Cholera in India, 1862 to 1881
Year: 1862
Disease focus: Cholera
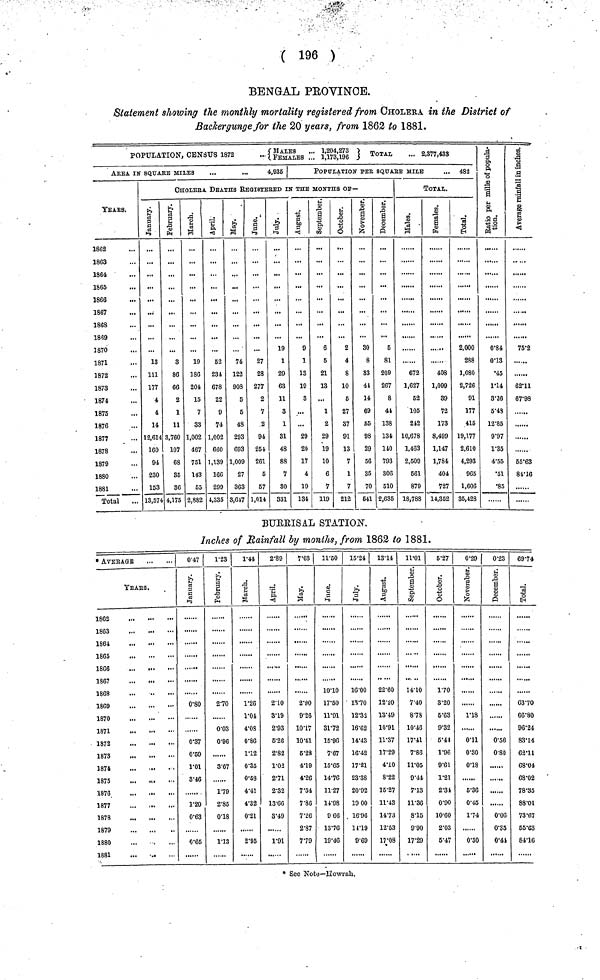
( 196 )
BENGAL PROVINCE.
Statement showing the monthly mortality registered from CHOLERA in the District of
Backer gunge for the 20 years, from 1862 to 1881.
POPULATION, CENSUS 1872 •••{MALES... FEMALES... 1,204273, 1,173,196 } TOTAL ...2,377,433
AREA IN SQUARE MILES
...
...
4,935
YEARS.
1862
1863
1864
1865
1866
1867
1868
1869
1870
1871
1872
1873
1874
1875
1876
1877
1878
1879
1880
1881
Total
POPULATION PER SQUARE MILE
... 482
CHOLERA DEATHS REGISTERED IN THE MONTHS OF—
January.
13
111
177
4
4
14
12,614
160
94
230
153
13,574
February.
3
86
66
2
1
11
3,760
107
68
35
36
4,175
March.
19
186
204
15
7
33
1,002
467
751
143
55
2,882
April.
52
231
678
22
9
74
1,002
660
1,139
166
299
4,335
May.
74
122
908
5
5
48
293
C93
1,009
27
363
3,647
June.
27
23
277
2
7
2
94
254
261
5
57
1,014
July.
19
1
29
63
11
3
1
31
48
88
7
80
331
August.
9
1
13
19
3
...
29
20
17
4
19
134
September.
6
5
21
13
...
1
2
29
19
10
6
7
119
October.
2
4
8
10
5
27
37
91
13
7
1
7
212
November.
30
8
33
41
14
69
55
98
29
56
35
70
541
December.
5
81
209
267
8
41
138
134
110
793
306
510
2,635
TOTAL.
Males.
672
1,627
52
105
212
10,678
1,463
2,509
561
879
18,788
Females.
408
1,099
39
72
173
8,499
1,147
1,784
404
727
14,352
Total.
2,000
288
1,080
2,726
91
177
415
19,177
2,610
4,293
965
1,606
35,428
Ratio per mille
of population.
0.84
0.13
•45
1.14
3.26
5.43
12.85
9.97
1.35
4.55
•51
•85
Average rainfall
in inches.
75.2
......
62.11
67.98
......
......
55.63
84.16
BURRISAL STATION.
Inches of Rainfall by months, from 1862 to 1881.
* AVERAGE
yEArS.
1862
1863
1864
1865
1866
1867
1868
1869
1870
1871
1872
1873
1874
1875
...
1876
1877
1878
1879
,
1880
1881
0.47
January.
0.80
0.37
0.69
1.01
8.46
1.20
0.63
0.65
1.23
February.
2.70
0.03
0.96
3.67
1.79
2.85
0.18
1.13
1.44
March.
1.26
1.04
4.08
0.86
1.12
0.35
0.58
4.41
4.32
0.21
2.95
2.89
April.
2.10
3.19
2.93
5.26
2.82
1.02
2.71
2.32
13.66
3.49
1.91
7.03 |
May.
2.90
9.26
10.17
10.41
5.28
4.19
4.26
7.54
7.86
7.20
2.87
7.79
11.50
June.
10.10
17.50
11.91
31.72
15.96
7.67
15.65
14.76
11.27
14.98
9 66
13.76
19.40
15.24
July.
16.00
13.70
12.32
16.62
14.43
16.42
17.21
23.38
20.92
19 00
16.96
14.19
9.69
13.14
August.
22.60
12.20
13.49
10.91
11.37
17.29
4.10
8.22
15.27
11.43
14.73
12.53
17.08
11.01
September.
14.10
7.40
8.78
10.46
17.41
7.86
11.05
9.44
7.13
11.36
8.15
9.90
17.29
5.27
October.
1.70
3.20
5.63
9.32
5.44
1.96
9.61
1.21
2.34
0.90
10.60
2.03
5.47
0.29
November.
1.18
0.11
0.80
0.18
5.36
0.45
1.74
0.30
0.23
December.
0.56
0.80
......
0.06
0.35
0.41
69.74
Total.
63.70
66.80
96.24
83.14
62.11
68.04
68.02
78.35
88.01
73.67
55.63
84.16
* See Note—Howrah,